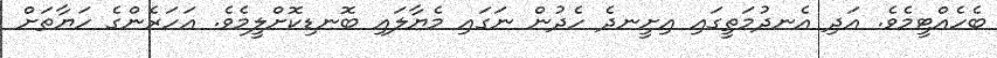
ބެހެއްޓީމެވެ. އަދި އެނދުމަތީގައި އިށީނދެ ހެދުން ނަގައި މެޔާލައި ބޮނޑިކޮށްލީމެވެ. އަހަރެންގެ ހަޔާތަށް